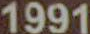
1991